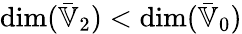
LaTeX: \dim(\bar{\mathbb{V}}_{2})<\dim(\bar{\mathbb{V}}_{0})